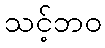
သင့်ဘဝ